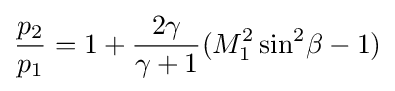
{\frac {p_{2}}{p_{1}}}=1+{\frac {2\gamma }{\gamma +1}}(M_{1}^{2}\sin ^{2}\!\beta -1)